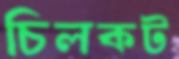
চিলকট